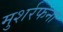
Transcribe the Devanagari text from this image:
मुशर्रफना